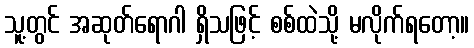
သူ့တွင် အဆုတ်ရောဂါ ရှိသဖြင့် စစ်ထဲသို့ မလိုက်ရတော့။